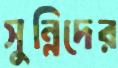
সুন্নিদের